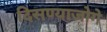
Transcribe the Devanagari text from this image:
दिसण्याजोगे